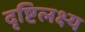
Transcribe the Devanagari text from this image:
दृष्टिलक्ष्य